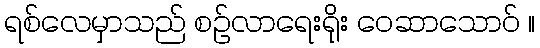
ရစ်လေမှာသည် စဉ်လာရေးရိုး ဝေဆာသောဝ် ။